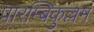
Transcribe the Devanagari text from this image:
पारम्बिकुल्लम